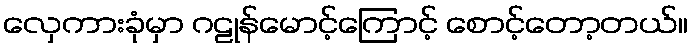
လှေကားခုံမှာ ဂဠုန်မောင့်ကြောင့် စောင့်တော့တယ်။